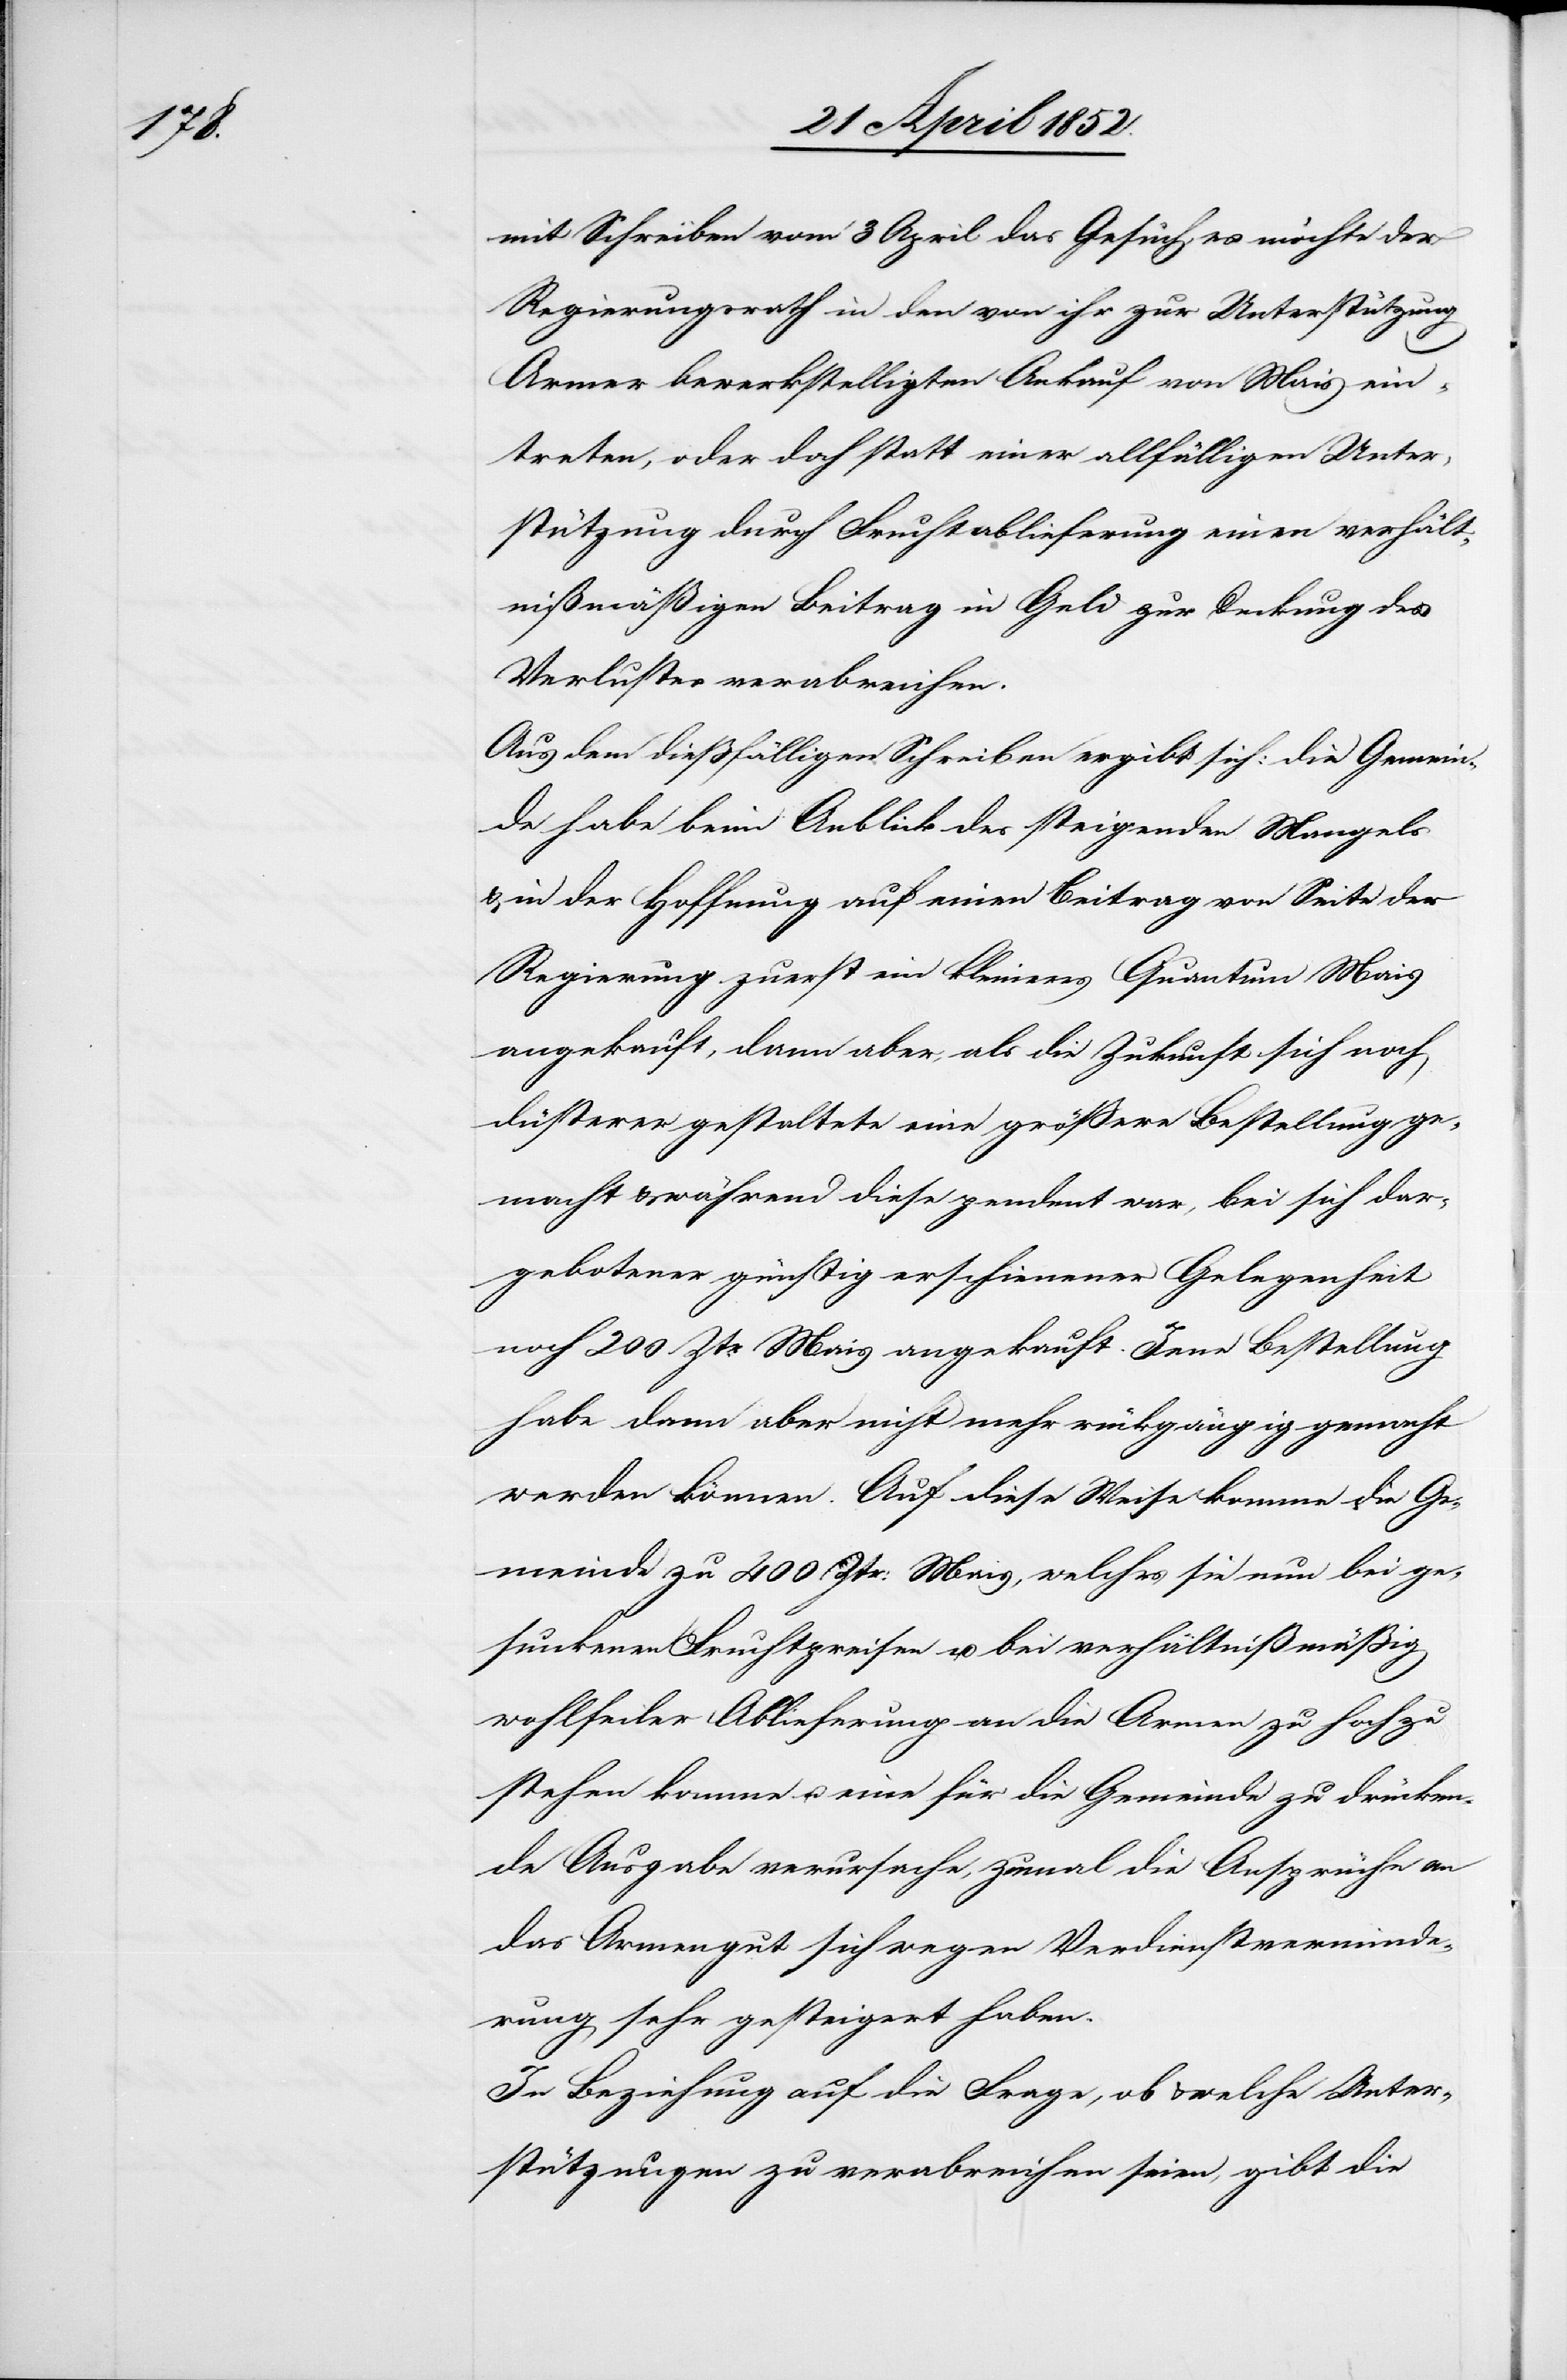
mit Schreiben vom 3 April das Gesuch, es möchte der
Regierungsrath in den von ihr zur Unterstützung
Armer bewerkstelligten Ankauf von Mais ein¬
treten, oder doch statt einer allfälligen Unter¬
stützung durch Fruchtablieferung einen verhält¬
nißmäßigen Beitrag in Geld zur Deckung des
Verlustes verabreichen.
Aus dem diessfälligen Schreiben ergibt sich: die Gemein¬
de habe beim Anblick des steigenden Mangels
& in der Hoffnung auf einen Beitrag von Seite der
Regierung zuerst ein kleineres Quantum Mais
angekauft, dann aber, als die Zukunft sich noch
düsterer gestaltete eine größere Bestellung ge¬
macht & während diese pendent war, bei sich dar¬
gebotener günstig erschienener Gelegenheit
noch 200 Ztr. Mais angekauft. Jene Bestellung
habe dann aber nicht mehr rückgängig gemacht
werden können. Auf diese Weise komme die Ge¬
meinde zu 400 Ztr: Mais, welches sie nun bei ge¬
sunkenen Fruchtpreisen u. bei verhältnißmäßig
wohlfeiler Ablieferung an die Armen zu hoch zu
stehen komme u. eine für die Gemeinde zu drücken¬
de Ausgabe verursache, zumal die Ansprüche an
das Armengut sich wegen Verdienstverminde¬
rung sehr gesteigert haben.
In Beziehung auf die Frage, ob & welche Unter¬
stützungen zu verabreichen seien, gibt die